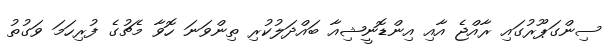
ސިންގަޕޫރުގައި ރާއްޖެ އާއި އިންޑޮނީޝިއާ ބައްދަލުކުރި ތިންވަނަ ހޮވާ މެޗުގެ ފުރިހަމަ ވަގުތު